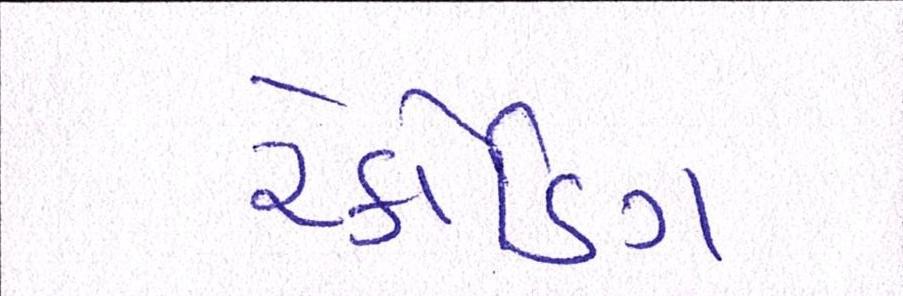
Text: રેકોર્ડિંગ